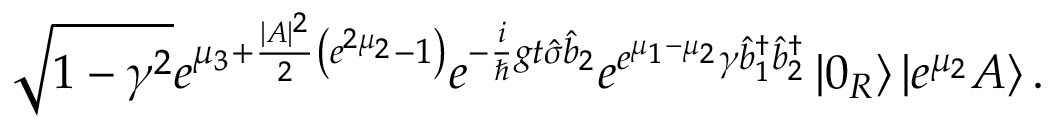
\sqrt { 1 - \gamma ^ { 2 } } e ^ { \mu _ { 3 } + \frac { | A | ^ { 2 } } { 2 } \left( e ^ { 2 \mu _ { 2 } } - 1 \right) } e ^ { - \frac { i } { \hslash } g t \hat { \sigma } \hat { b } _ { 2 } } e ^ { e ^ { \mu _ { 1 } - \mu _ { 2 } } \gamma \hat { b } _ { 1 } ^ { \dagger } \hat { b } _ { 2 } ^ { \dagger } } \left\vert 0 _ { R } \right\rangle \left\vert e ^ { \mu _ { 2 } } A \right\rangle .